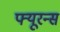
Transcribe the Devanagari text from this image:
फ्यूरन्स